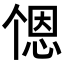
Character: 𬻹